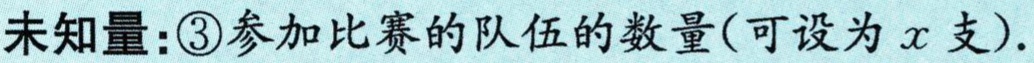
未知量：\textcircled{3}参加比赛的队伍的数量(可设为\(x\)支).